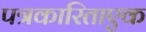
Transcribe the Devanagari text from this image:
पत्रकारिताएक